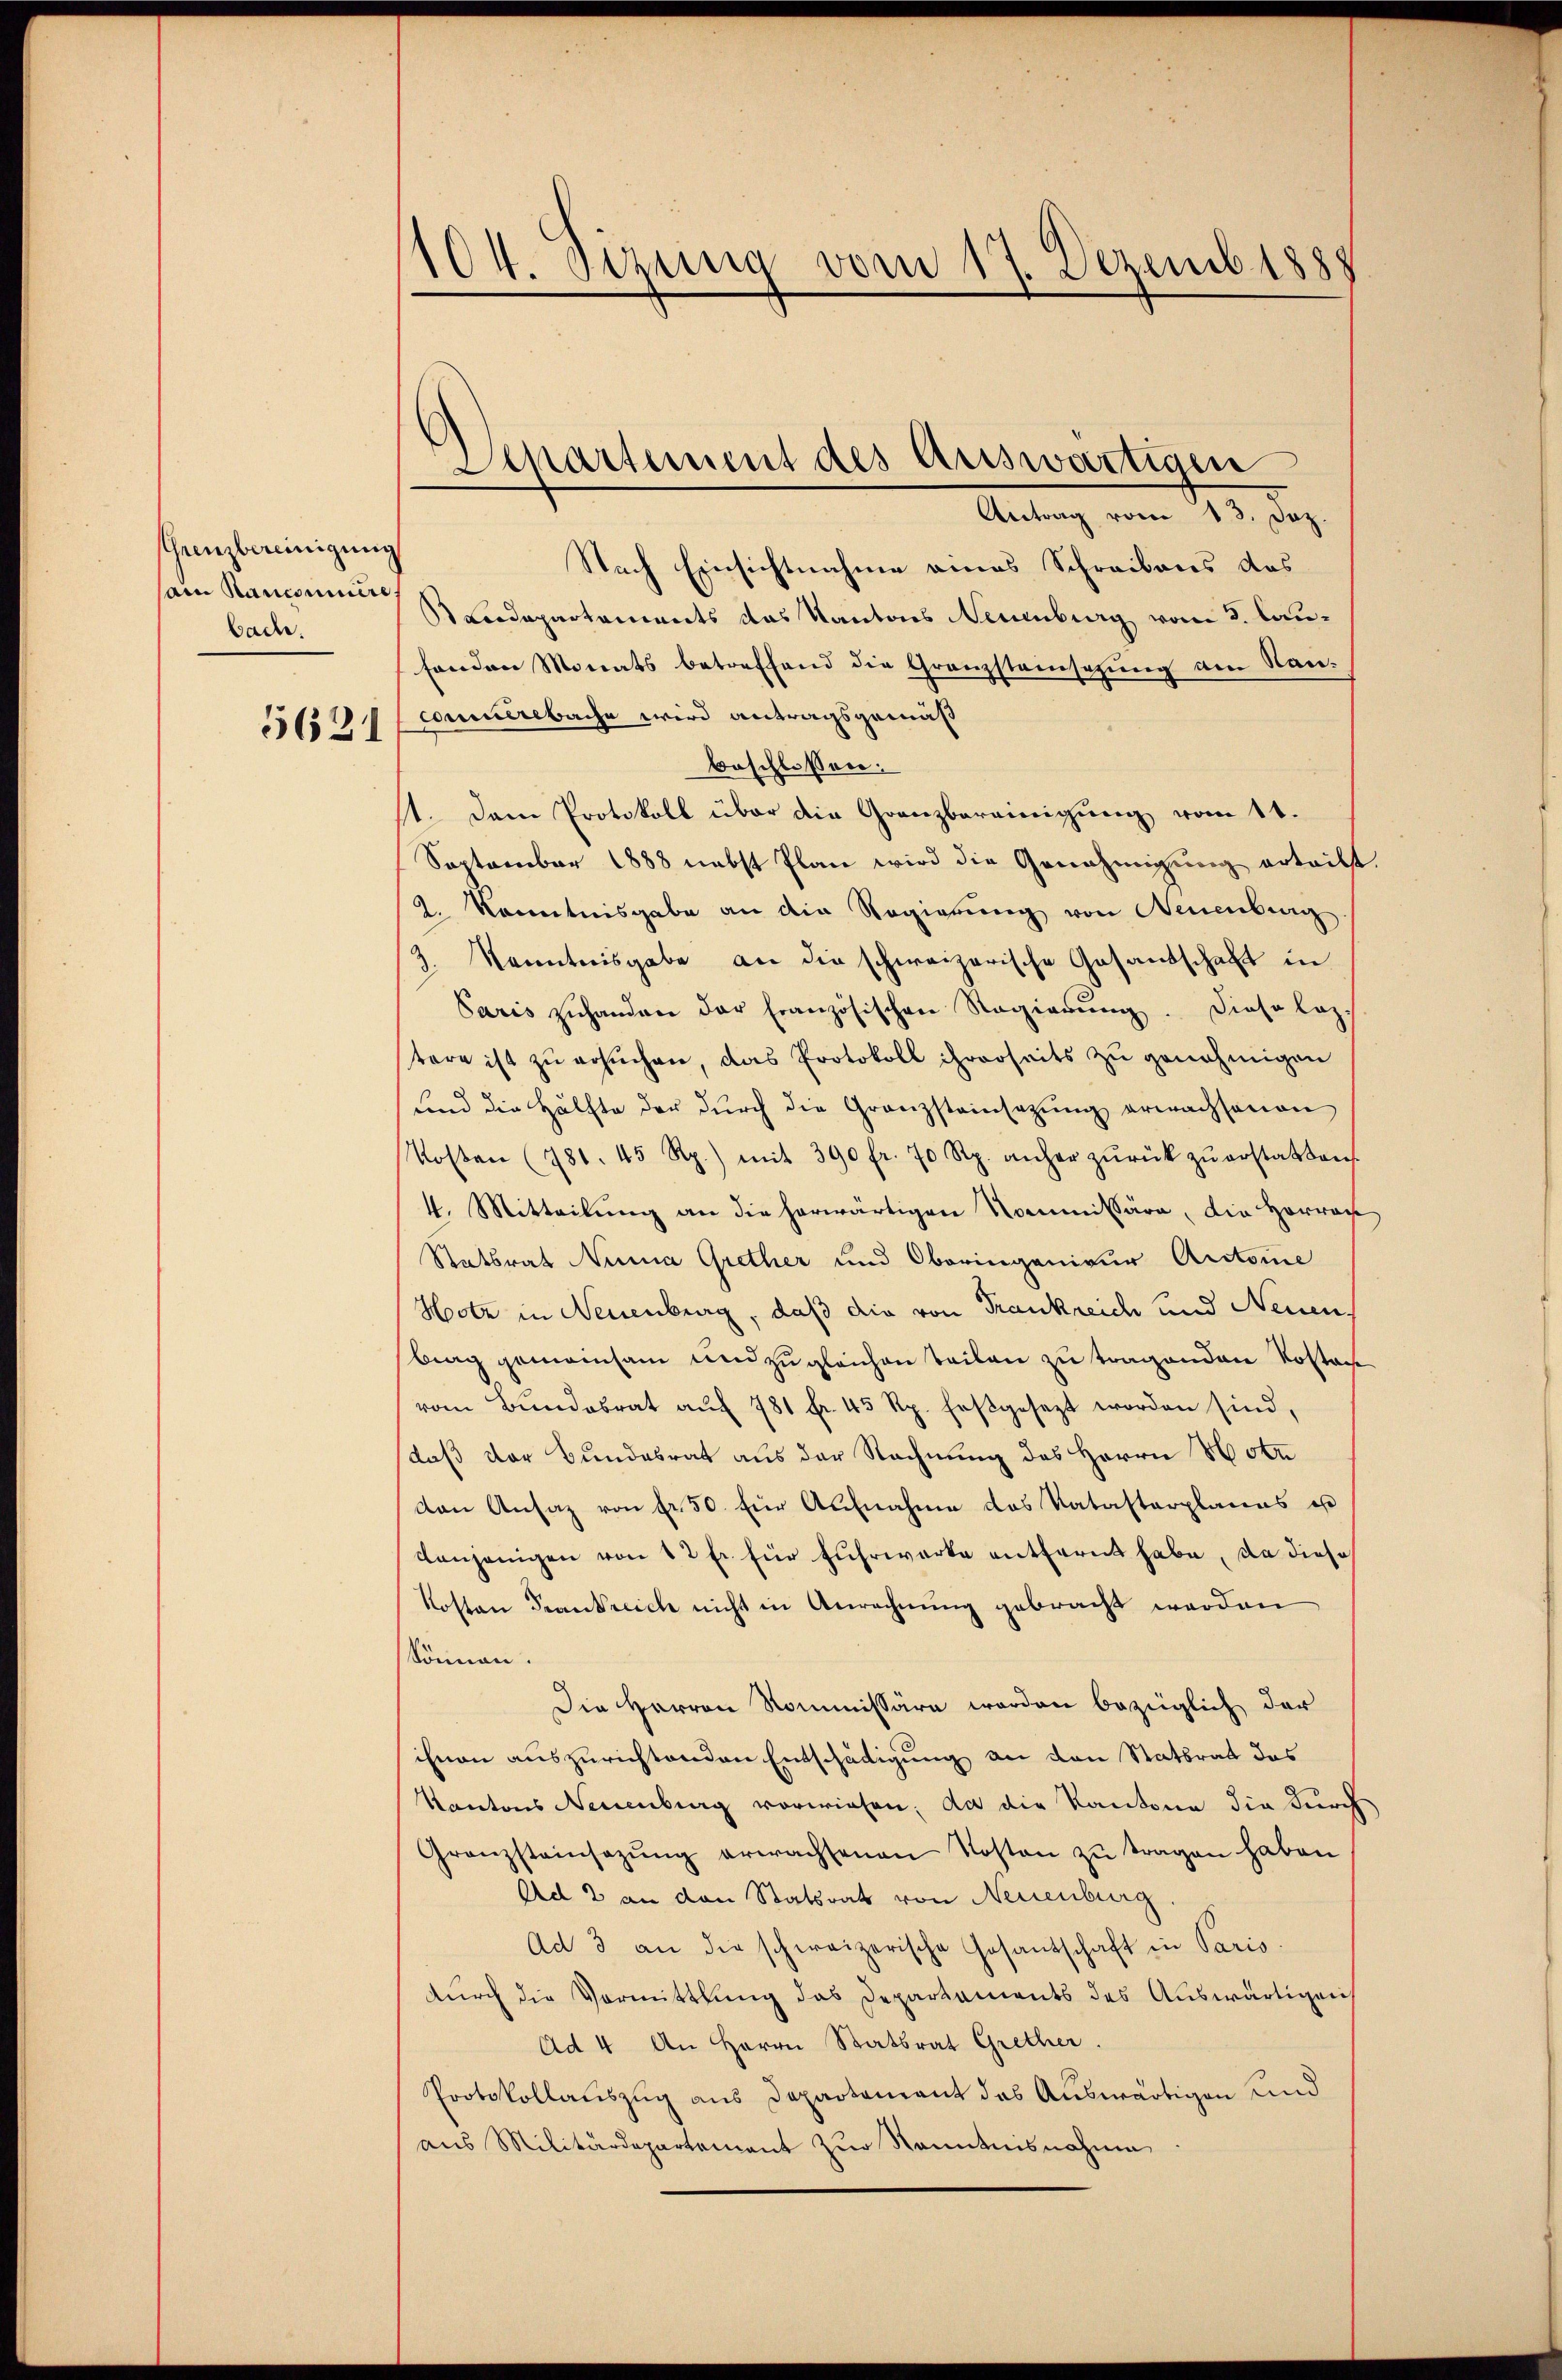
Grenzbereinigung
am Raucominire
bade.
5621

104. Sezung vom 17. Dezemb. 1888

Lipartement des Auswärtigen

Antrag vom 13. Dez.
Nach Einsichtnahme eines Schreibens des
Loedepartements das Kantons Neuenburg vom 3. laufenden Monats betreffend die Granzsteinsezung am Nan-
commerebache wird antragsgemäß
beschlossen:
1. Dem Protokoll über die Granzbereinigung vom 1t.
September 1888 nebst Plan wird die Genehmigung erteilst
2. Kenntnisgabe an die Regierung von Neuenburg
Z. Kenntnisgabe an die schweizerische Gesandschaft in
Paris zuhanden der französischen Regierŭng. Diese loz.
tere ist zu ersuchen, das Protokoll ihrerseits zu genehmigen
und die Hälfte der durch die Granzsteinsezung erwachsenen
Kosten (781. 45 Rp.) mit 390 fr. 70 Rp. anher zŭrück zŭ erstatten.
4. Mitteilung an die herwärtigen Kommissäre, die Hörrach
Statsrat Nina Grether und Oberingenieur Antone
Hotz in Neuenburg, daß die von Frankreich und Neuen
brag gemeinsam und zugleichen Teilen zu tragenden Kostan
vom Bŭndesrat aŭf 781 fr. 45 Rp. feβgesezt worden sind,
daß der Bundesrat aus der Rechnung des Herrn Hote
von Ansaz von fr. 50. für Aufnahme des Katasterplanes es
denjenigen von 12 fr für Fuhrwerke entfernt habe, da diese
Kosten Frankreich nicht in Anrechnung gebracht werden
können.
Die Herren Kommissäre worden bezüglich der
ihnen auszurichtenden Entschädigung an den Stattrat des
Kantons Neuenburg vorwiesen; da die Kantone die durch
Granzsteinsazŭng erwachsenen Kosten zŭ tragen haben
Ad 2 an den Statsrat von Neuenburg
Ad 3 an die schweizerische Gesandschaft in Paris.
durch die Vormittlung das Departaments des Auswärtigen
Ad 4 An Herrn Statsrat Grether.
Protokollauszug aus Departement das Auswärtigen und
aus Militärdepartement zur Kenntnisnahme